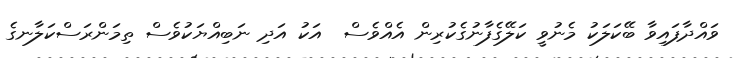
ވައްދާފައިވާ ބޭކަލަކު މެނުވީ ކަލޭގެފާނުގެކުރިން އެއްވެސް  އަކު އަދި ނަބިއްޔަކުވެސް ތިމަންރަސްކަލާނގެ